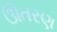
ઊતરણ